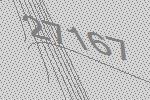
27167